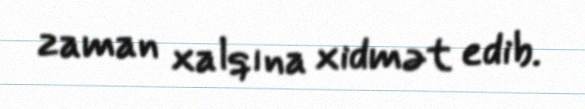
zaman xalqına xidmət edib.